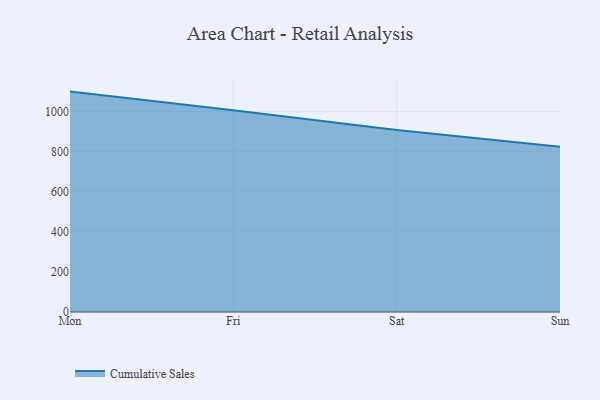
{"axis": {"x": "Day", "y": "Inventory Turnover"}, "legend": ["Cumulative Sales"], "data": [{"x": "Mon", "y": 1100.3, "type": "Cumulative Sales"}, {"x": "Fri", "y": 1007.5, "type": "Cumulative Sales"}, {"x": "Sat", "y": 909.1, "type": "Cumulative Sales"}, {"x": "Sun", "y": 825.5, "type": "Cumulative Sales"}]}